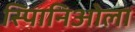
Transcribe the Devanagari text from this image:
स्पािनिओला